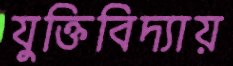
যুক্তিবিদ্যায়